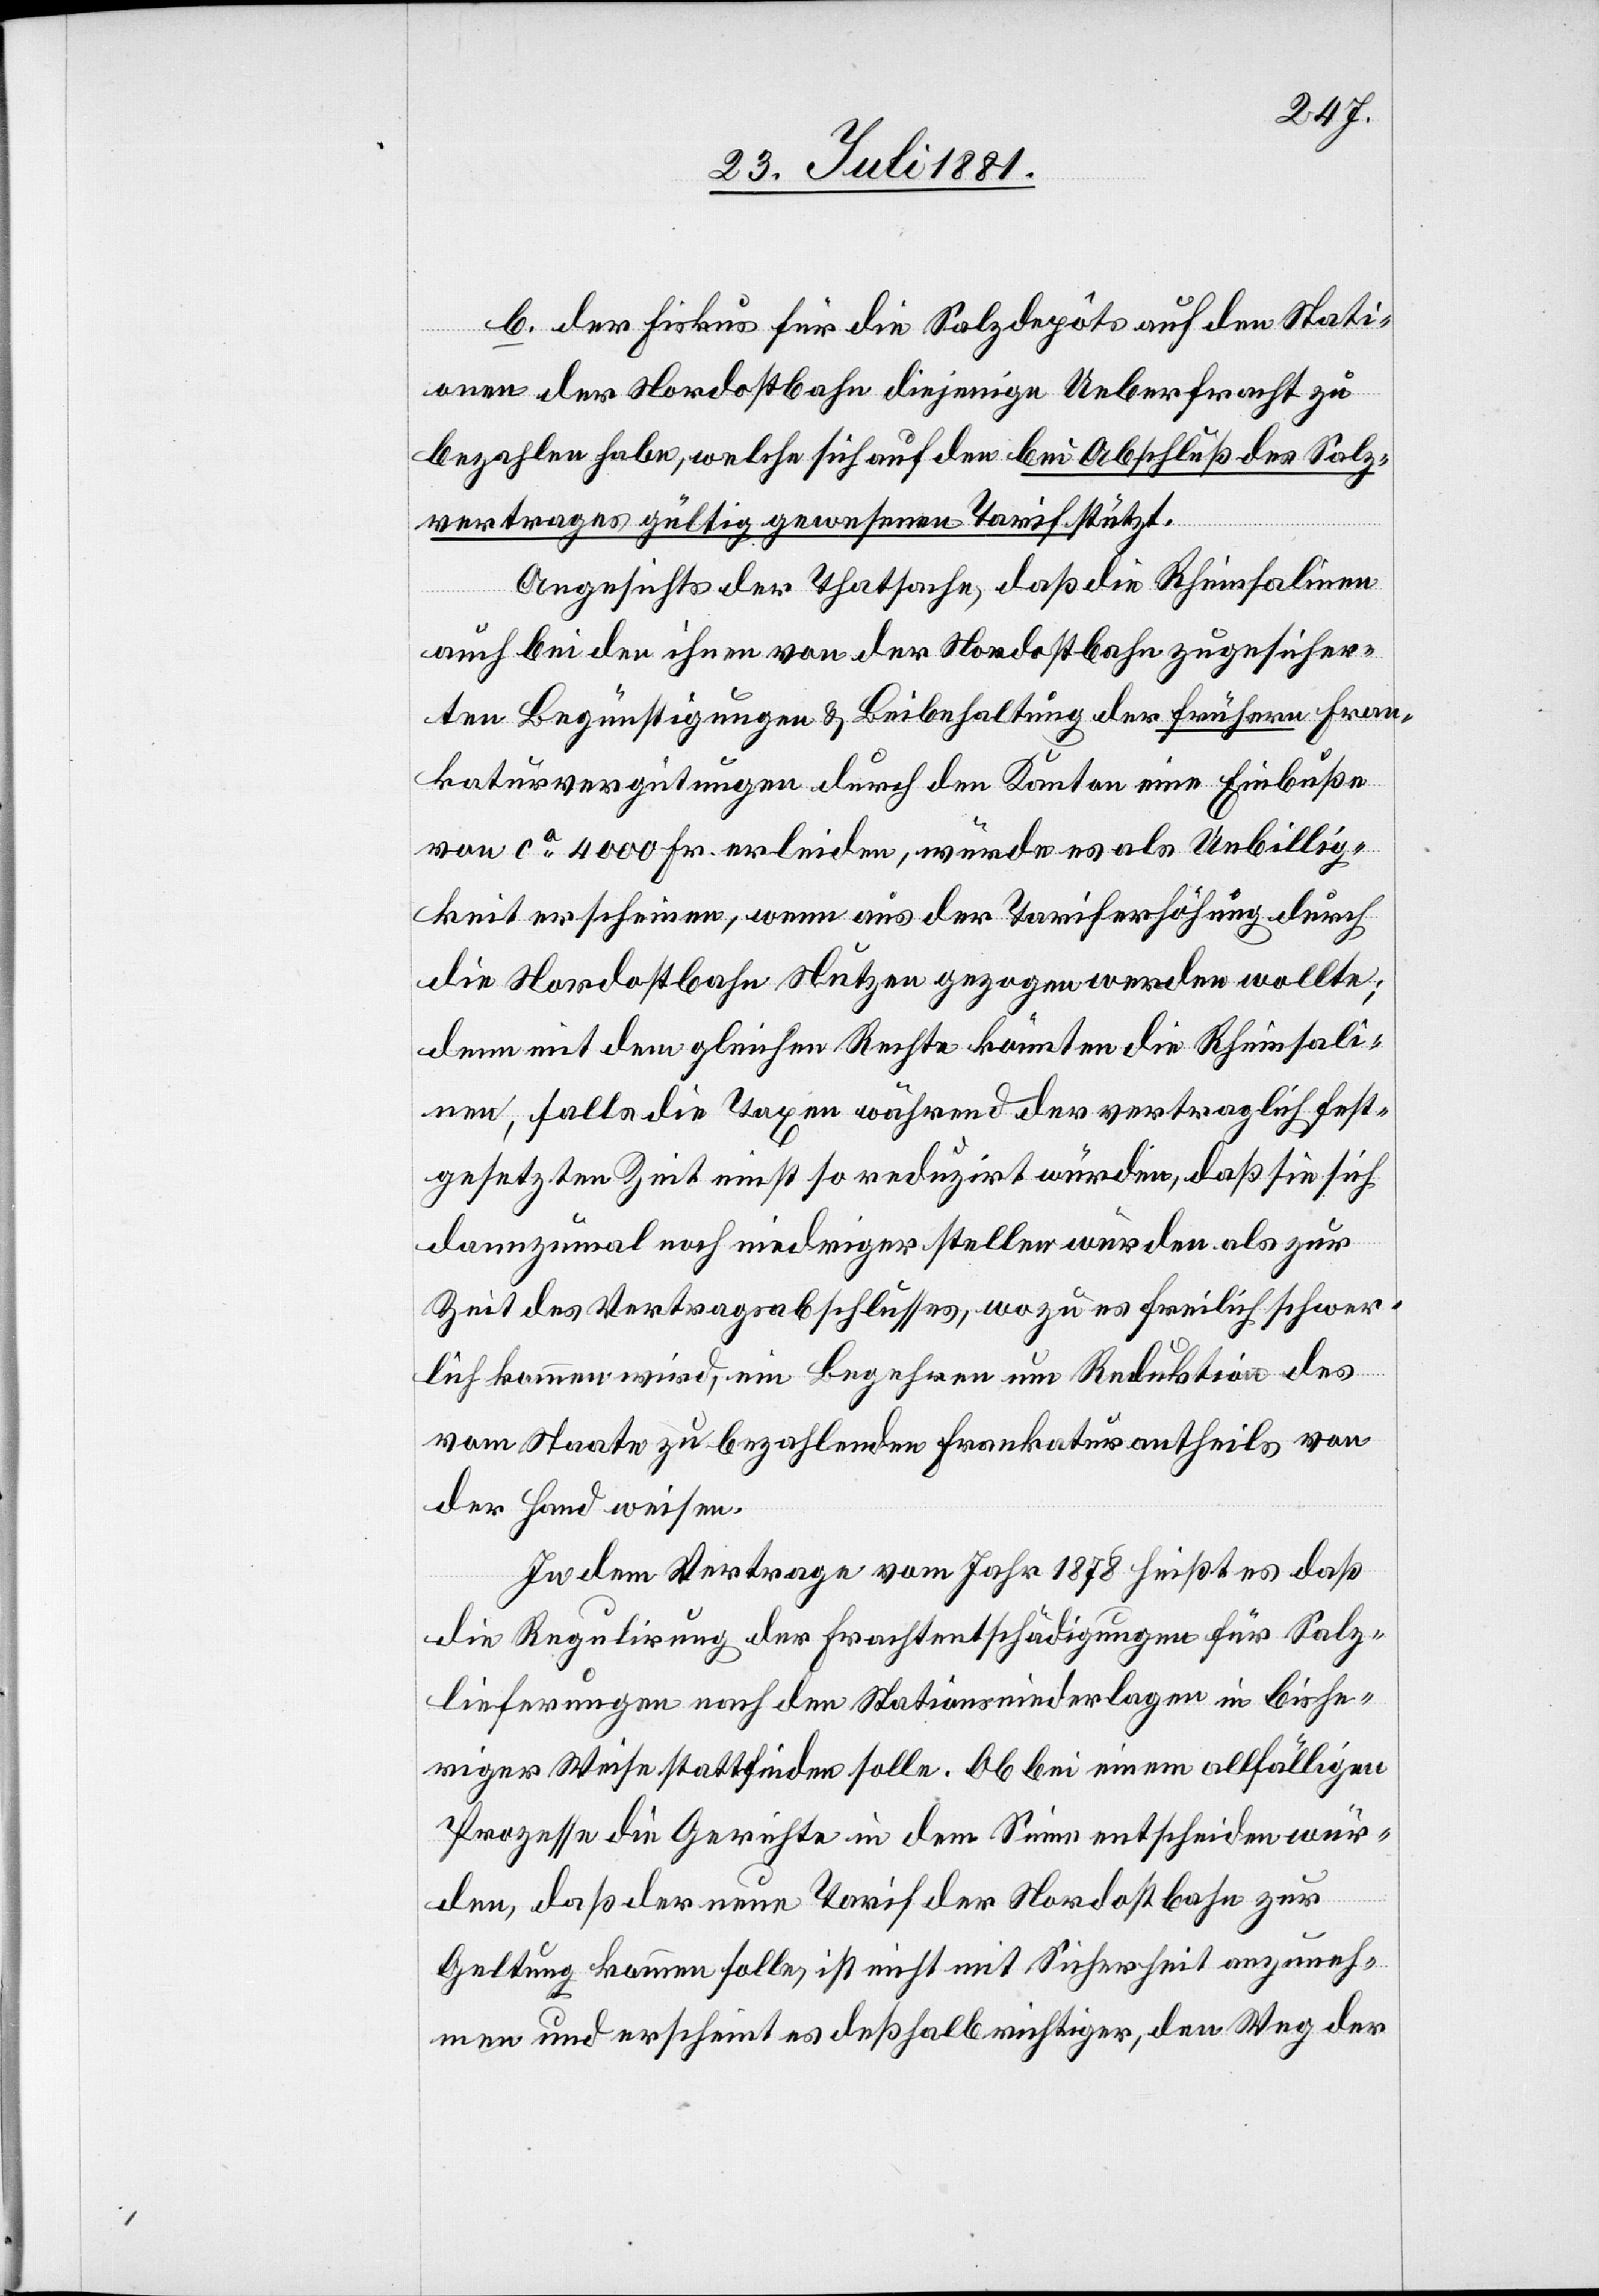
ten

b. der Fiskus für die Salzdepôts auf den Stati¬
onen der Nordostbahn diejenige Ueberfracht zu
bezahlen habe, welche sich auf den bei Abschluß des Salz¬
vertrages gültig gewesenen Tarif stützt.
Angesichts der Thatsache, daß die Rheinsalinen
auch bei den ihnen von der Nordostbahn zugesicher¬
von ca 4000 Fr. erleiden, würde es als Unbillig¬
keit erscheinen, wenn aus der Tariferhöhung durch
die Nordostbahn Nutzen gezogen werden wollte;
denn mit dem gleichen Rechte könnten die Rheinsali¬
nen, falls die Taxen während der vertraglich fest¬
gesetzten Zeit nicht so reduzirt würden, daß sie sich
dann zumal noch niedriger stellen würden als zu
Zeit des Vertragsabschlusses, wozu es freilich schwer¬
lich kommen wird, ein Begehren um Reduktion des
vom Staate zu bezahlenden Frankaturantheils von
der Hand weisen.
In dem Vertrage vom Jahr 1878 heißt es daß
die Regulirung der Frachtentschädigungen für Salz¬
lieferungen nach den Stationsniederlagen in bishe¬
riger Weise stattfinden solle. Ob bei einem allfäligen
Prozesse die Gerichte in dem Sinne entscheiden wür¬
den, daß der neue Tarif der Nordostbahn zur
Geltung kommen solle, ist nicht mit Sicherheit anzuneh¬
men und erschien es deßhalb richtiger, den Weg der